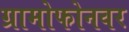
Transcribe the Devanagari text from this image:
ग्रामोफोनवर